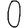
Digit: 0